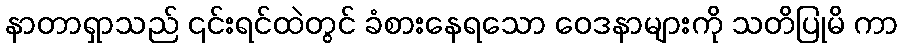
နာတာရှာသည် ၎င်းရင်ထဲတွင် ခံစားနေရသော ဝေဒနာများကို သတိပြုမိ ကာ